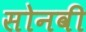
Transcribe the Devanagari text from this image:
सोनवी